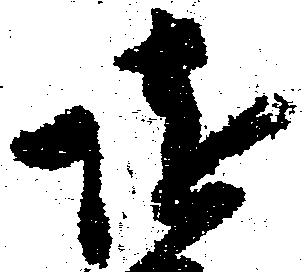
随